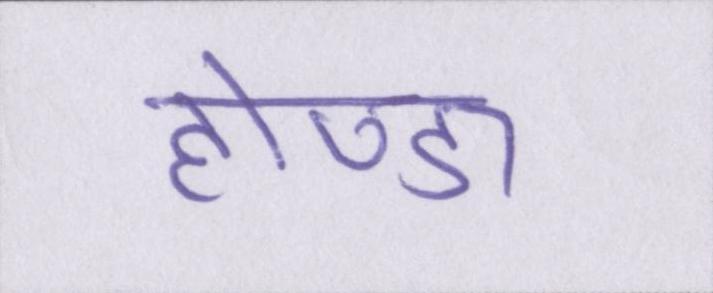
होण्डा